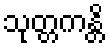
သုတ္တကန္တိ